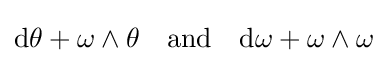
\mathrm {d} \theta +\omega \wedge \theta \quad {\text{and}}\quad \mathrm {d} \omega +\omega \wedge \omega